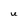
Character: U